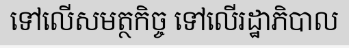
ទៅលើសមត្ថកិច្ច ទៅលើរដ្ឋាភិបាល